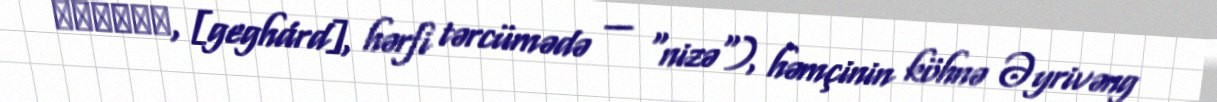
Գեղարդ, [geghárd], hərfi tərcümədə — "nizə"), həmçinin köhnə Əyrivəng